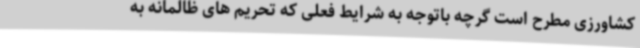
کشاورزی مطرح است گرچه باتوجه به شرایط فعلی که تحریم های ظالمانه به